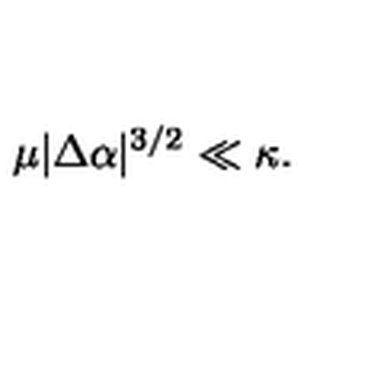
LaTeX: \mu | \Delta \alpha | ^ { 3 / 2 } \ll \kappa .